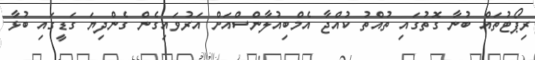
ރިޕޯޓުތައް ބުނާ ގޮތުގައި ތުއްތު ކުއްޖާ އެމްބިއުލާންސްއަށް އަރުވައިގެން ގެންދިޔަ ގަޑީގައި ބުޅާ